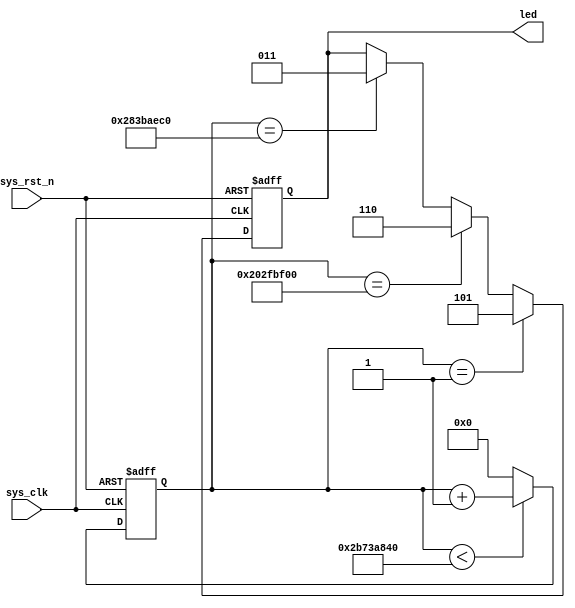
module led(
input sys_clk,
input sys_rst_n,
output reg [2:0] led    //110>greeen, 101>red, 011>blue
);

reg [31:0] counter;

always @(posedge sys_clk or negedge sys_rst_n) begin
    if(!sys_rst_n)
        counter <= 32'd0;
    else if (counter < 32'd72900_0000)
        counter <= counter + 1;
    else
        counter <= 32'd0;
end

always @(posedge sys_clk or negedge sys_rst_n) begin
    if(!sys_rst_n)
        led <= 3'b101;
    else if (counter == 32'd1)          //red
        led <= 3'b101;
    else if (counter == 32'd54000_0000) //green
        led <= 3'b110;
    else if (counter == 32'd67500_0000)//blue
        led <= 3'b011;
    else
        led <= led;
end
endmodule